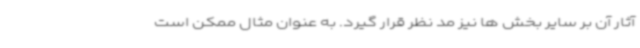
آثار آن بر سایر بخش ها نیز مد نظر قرار گیرد. به عنوان مثال ممکن است